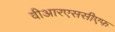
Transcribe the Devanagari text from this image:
वीआरएससीएफ